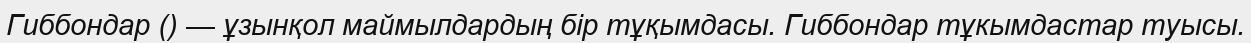
Гиббондар () — ұзынқол маймылдардың бір тұқымдасы. Гиббондар тұкымдастар туысы.